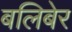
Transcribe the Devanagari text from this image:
बलिबेर